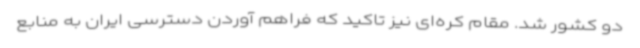
دو کشور شد. مقام کره‌ای نیز تاکید که فراهم آوردن دسترسی ایران به منابع